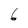
Character: 6